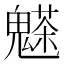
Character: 𩴊